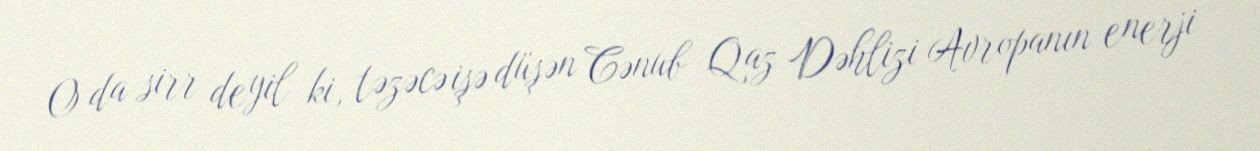
O da sirr deyil ki, təzəcə işə düşən Cənub Qaz Dəhlizi Avropanın enerji